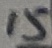
Text: 15